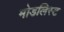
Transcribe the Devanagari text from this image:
मोडलिस्ट